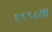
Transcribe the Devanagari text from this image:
१९९८ला